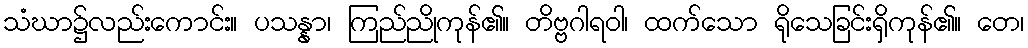
သံဃာ၌လည်းကောင်း။ ပသန္နာ၊ ကြည်ညိုကုန်၏။ တိဗ္ဗဂါရဝါ၊ ထက်သော ရိုသေခြင်းရှိကုန်၏။ တေ၊